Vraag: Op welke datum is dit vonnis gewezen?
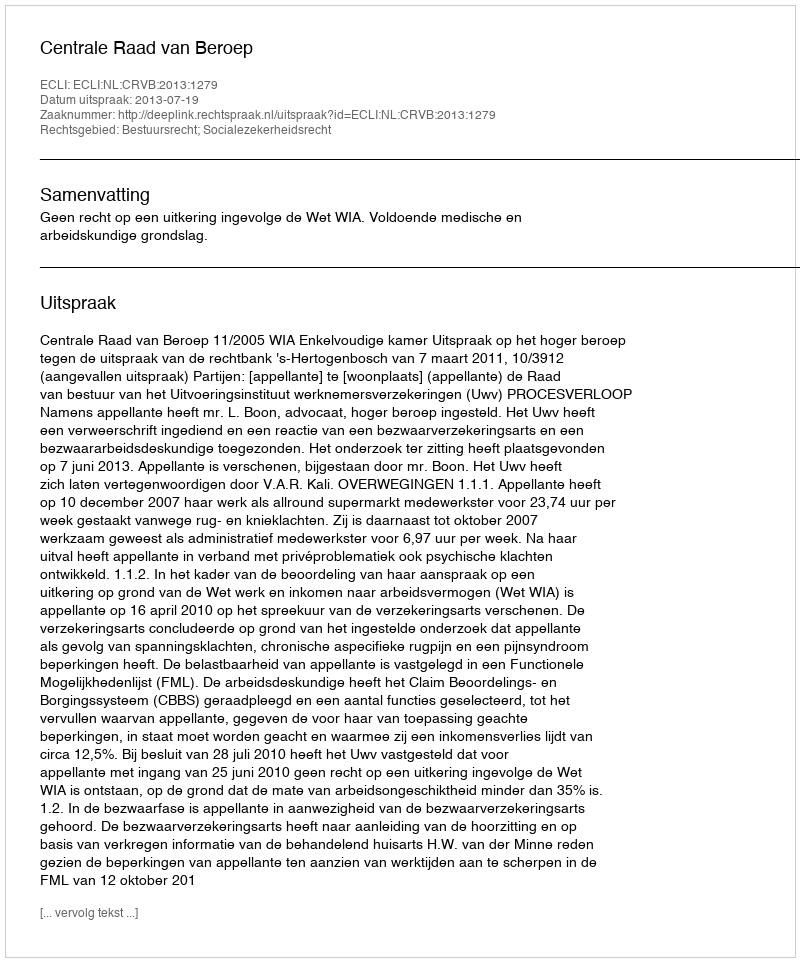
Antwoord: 2013-07-19